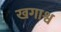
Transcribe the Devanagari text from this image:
खगाश्व